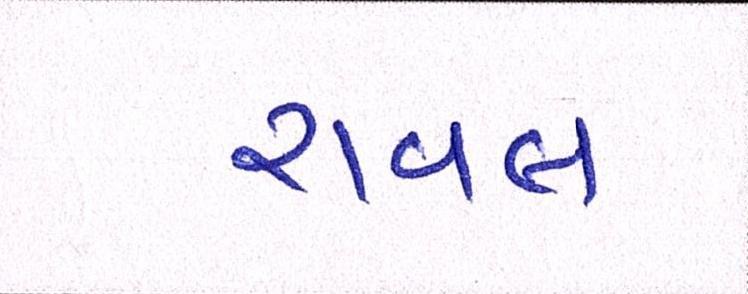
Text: રાવલ